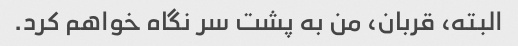
البته، قربان، من به پشت سر نگاه خواهم کرد.